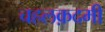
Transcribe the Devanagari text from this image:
चहलक़दमी